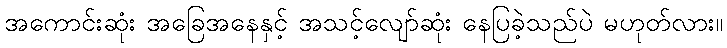
အကောင်းဆုံး အခြေအနေနှင့် အသင့်လျော်ဆုံး နေပြခဲ့သည်ပဲ မဟုတ်လား။